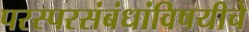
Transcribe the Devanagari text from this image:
परस्परसंबंधांविषयीचे